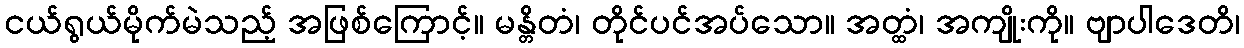
ငယ်ရွယ်မိုက်မဲသည့် အဖြစ်ကြောင့်။ မန္တိတံ၊ တိုင်ပင်အပ်သော။ အတ္ထံ၊ အကျိုးကို။ ဗျာပါဒေတိ၊